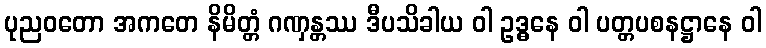
ပုညဝတော အကတေ နိမိတ္တံ ဂဏှန္တဿ ဒီပသိခါယ ဝါ ဥဒ္ဓနေ ဝါ ပတ္တပစနဋ္ဌာနေ ဝါ